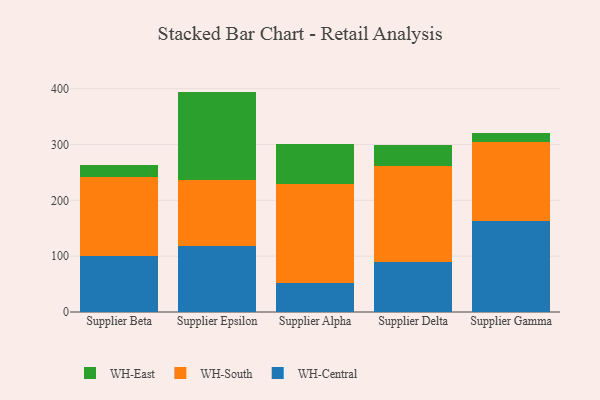
{"axis": {"x": "Supplier", "y": "Energy Usage (MWh)"}, "legend": ["WH-Central", "WH-East", "WH-South"], "data": [{"x": "Supplier Beta", "y": 100.1, "type": "WH-Central"}, {"x": "Supplier Beta", "y": 142.3, "type": "WH-South"}, {"x": "Supplier Beta", "y": 20.4, "type": "WH-East"}, {"x": "Supplier Epsilon", "y": 118.4, "type": "WH-Central"}, {"x": "Supplier Epsilon", "y": 118.3, "type": "WH-South"}, {"x": "Supplier Epsilon", "y": 158.0, "type": "WH-East"}, {"x": "Supplier Alpha", "y": 52.5, "type": "WH-Central"}, {"x": "Supplier Alpha", "y": 177.4, "type": "WH-South"}, {"x": "Supplier Alpha", "y": 71.6, "type": "WH-East"}, {"x": "Supplier Delta", "y": 90.0, "type": "WH-Central"}, {"x": "Supplier Delta", "y": 171.3, "type": "WH-South"}, {"x": "Supplier Delta", "y": 38.4, "type": "WH-East"}, {"x": "Supplier Gamma", "y": 163.1, "type": "WH-Central"}, {"x": "Supplier Gamma", "y": 140.8, "type": "WH-South"}, {"x": "Supplier Gamma", "y": 16.0, "type": "WH-East"}]}